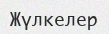
Жүлкелер